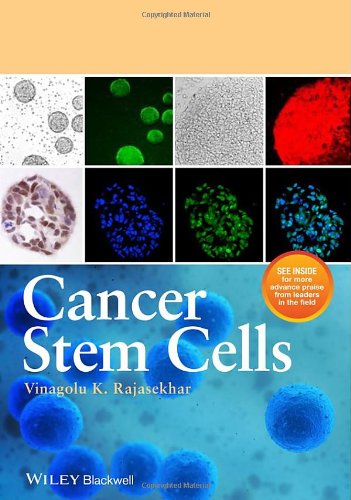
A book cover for Cancer Stem Cells; Vinagolu K. Rajasekhar; Medical Books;